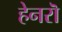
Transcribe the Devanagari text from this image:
हेनरॊ